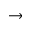
\rightarrow